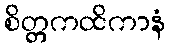
စိတ္တကထိကာနံ